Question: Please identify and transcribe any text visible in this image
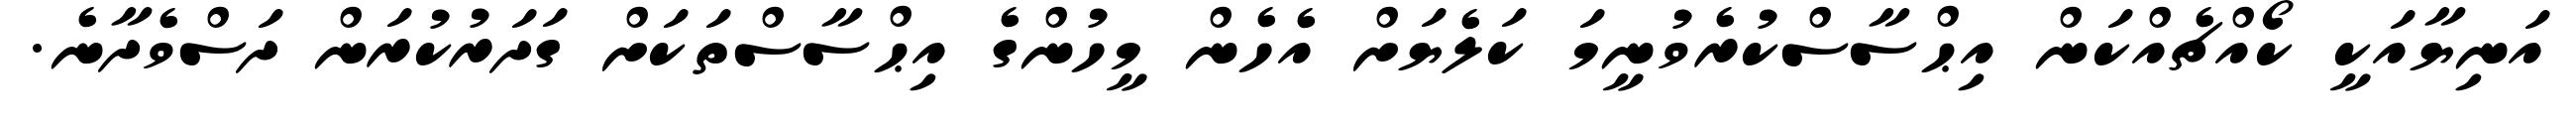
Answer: އަނިޔާއަކީ ކޯއްޗެއްކަން އިޙްސާސްކުރެވުނީމަ ކަލެޔަށް އެހެން މީހުންގެ އިޙްސާސްތަކަށް ގަދަރުކުރަން ދަސްވެދާނެ.